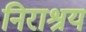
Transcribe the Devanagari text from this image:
निराश्रय